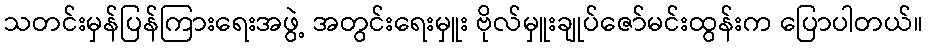
သတင်းမှန်ပြန်ကြားရေးအဖွဲ့ အတွင်းရေးမှူး ဗိုလ်မှူးချုပ်ဇော်မင်းထွန်းက ပြောပါတယ်။